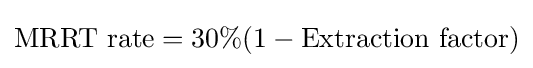
{\text{MRRT rate}}=30\%(1-{\text{Extraction factor}})